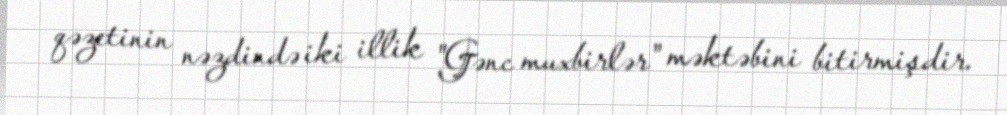
qəzetinin nəzdində iki illik "Gənc muxbirlər" məktəbini bitirmişdir.